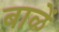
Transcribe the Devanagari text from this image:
बाळें